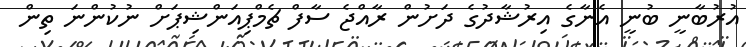
އުރުބާނީ ބުނީ އެނާގެ އިރުޝާދުގެ ދަށުން ރާއްޖެ ސާފް ޗެމްޕިއަންޝިޕަށް ނުކުންނަ ތިން